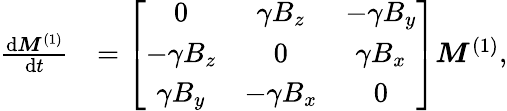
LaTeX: \begin{array}{rl}{\frac{\mathrm{d}\boldsymbol{M}^{(1)}}{\mathrm{d}t}}&{=\left[\begin{array}{ccc}{0}&{\gamma B_{z}}&{-\gamma B_{y}}\\ {-\gamma B_{z}}&{0}&{\gamma B_{x}}\\ {\gamma B_{y}}&{-\gamma B_{x}}&{0}\end{array}\right]\boldsymbol{M}^{(1)},}\end{array}